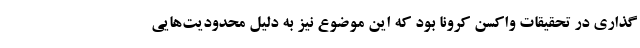
گذاری در تحقیقات واکسن کرونا بود که این موضوع نیز به دلیل محدودیت‌هایی